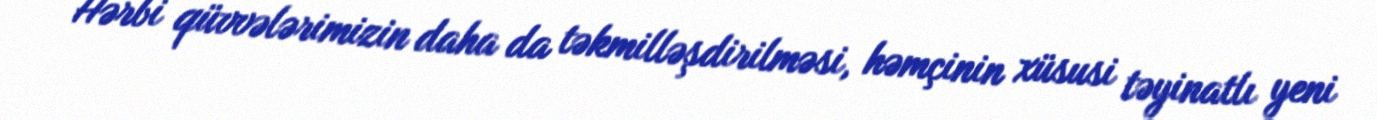
Hərbi qüvvələrimizin daha da təkmilləşdirilməsi, həmçinin xüsusi təyinatlı yeni